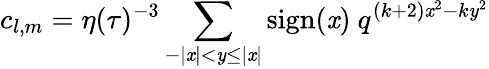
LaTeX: c_{l,m}=\eta(\tau)^{-3}\sum_{-|\mathit{x}|<\mathit{y}\leq|\mathit{x}|}\mathrm{{sign}}(\mathit{x})~q^{(k+2)\mathit{x}^{2}-k\mathit{y}^{2}}